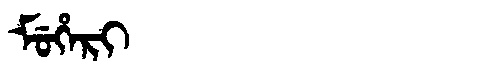
Manchu: ᠮᡠᡥᡝᡵᡳ
Romanization: MUHERI